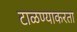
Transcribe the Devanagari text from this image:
टाळण्याकरता